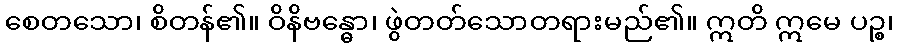
စေတသော၊ စိတန်၏။ ဝိနိဗန္ဓော၊ ဖွဲတတ်သောတရားမည်၏။ ဣတိ ဣမေ ပဉ္စ၊